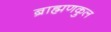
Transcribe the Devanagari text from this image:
ब्राह्मणकुल